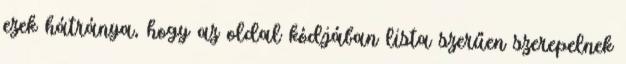
ezek hátránya, hogy az oldal kódjában lista szerűen szerepelnek